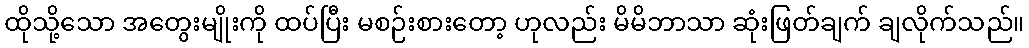
ထိုသို့သော အတွေးမျိုးကို ထပ်ပြီး မစဉ်းစားတော့ ဟုလည်း မိမိဘာသာ ဆုံးဖြတ်ချက် ချလိုက်သည်။